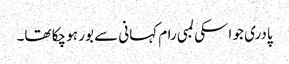
پادری جو اسکی لمبی رام کہانی سے بور ہو چکا تھا۔